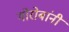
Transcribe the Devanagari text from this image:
गोरोबांनी